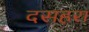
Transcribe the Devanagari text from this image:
दसहरा